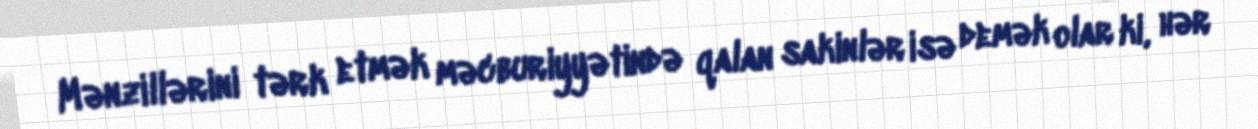
Mənzillərini tərk etmək məcburiyyətində qalan sakinlər isə demək olar ki, hər